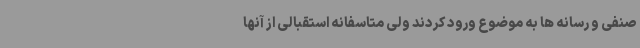
صنفی و رسانه ها به موضوع ورود کردند ولی متاسفانه استقبالی از آنها